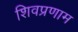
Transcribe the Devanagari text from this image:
शिवप्रणाम